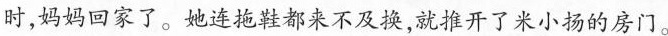
时，妈妈回家了。她连拖鞋都来不及换，就推开了米小扬的房门